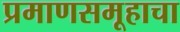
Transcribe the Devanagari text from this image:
प्रमाणसमूहाचा